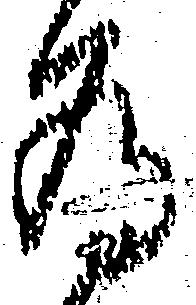
為